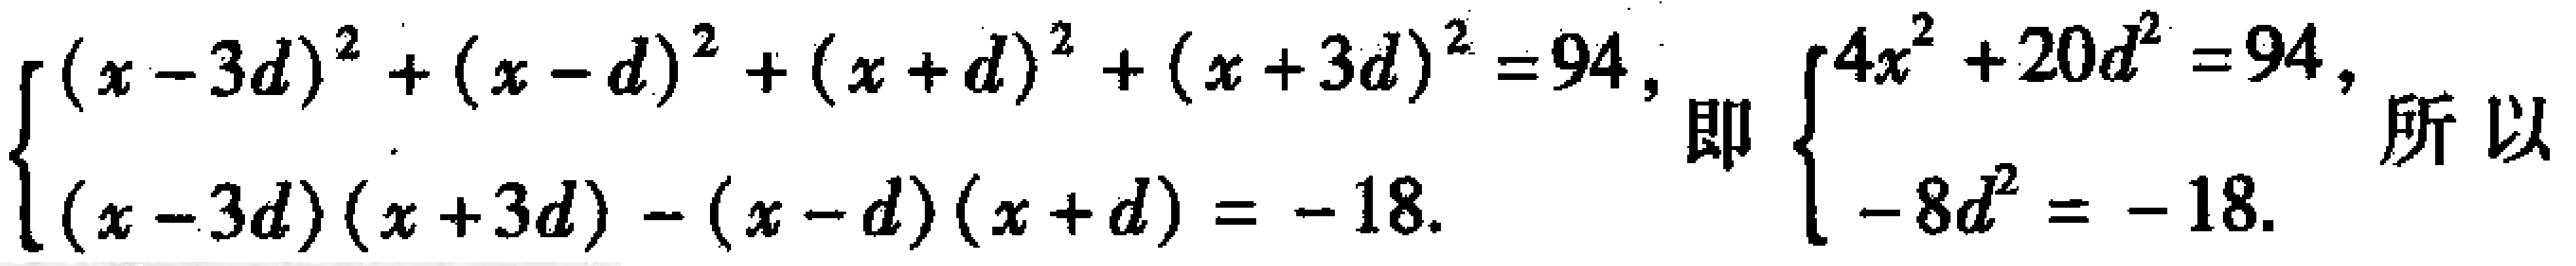
\(\begin{cases}(x - 3d)^{2}+(x - d)^{2}+(x + d)^{2}+(x + 3d)^{2}=94,\\(x - 3d)(x + 3d)-(x - d)(x + d)= - 18.\end{cases}\) 即 \(\begin{cases}4x^{2}+20d^{2}=94,\\-8d^{2}=-18.\end{cases}\) 所以